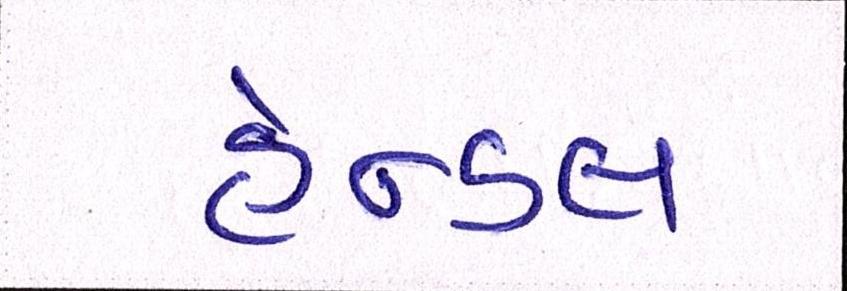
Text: હેન્ડલ